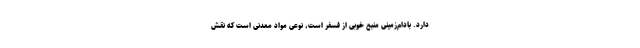
دارد. بادام‌زمینی منبع خوبی از فسفر است، نوعی مواد معدنی است که نقش